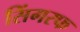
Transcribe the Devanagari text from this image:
सिंगरफ